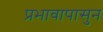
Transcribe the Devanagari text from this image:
प्रभावापासुन